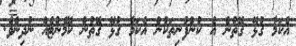
އެކަމާ ގުޅޭ ގޮތުން އެ ކުންފުނިތަކުން އެކަމާ ގުޅޭ ގޮތުން ކޮމެންޓެއް ނުދިނެވެ.